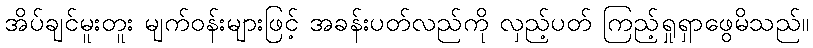
အိပ်ချင်မူးတူး မျက်ဝန်းများဖြင့် အခန်းပတ်လည်ကို လှည့်ပတ် ကြည့်ရှုရှာဖွေမိသည်။